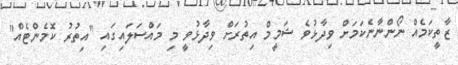
ޒާތީކަމެއް ނޯންނާނެކަމަށް ވިދާޅުވެ ޝަމީމް އިތުރަށް ވިދާޅުވީ މި މައްސަލައިގައި "އިތުރު ކޮމެންޓެއް"